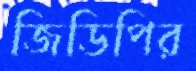
জিডিপির